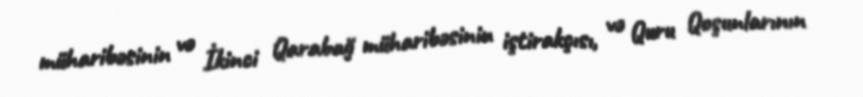
müharibəsinin və İkinci Qarabağ müharibəsinin iştirakçısı, və Quru Qoşunlarının